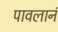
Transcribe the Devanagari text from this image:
पावलानं